Vaccine operations Central Provinces & Berar 1912-1920 - 1912-1920
Year: 1912
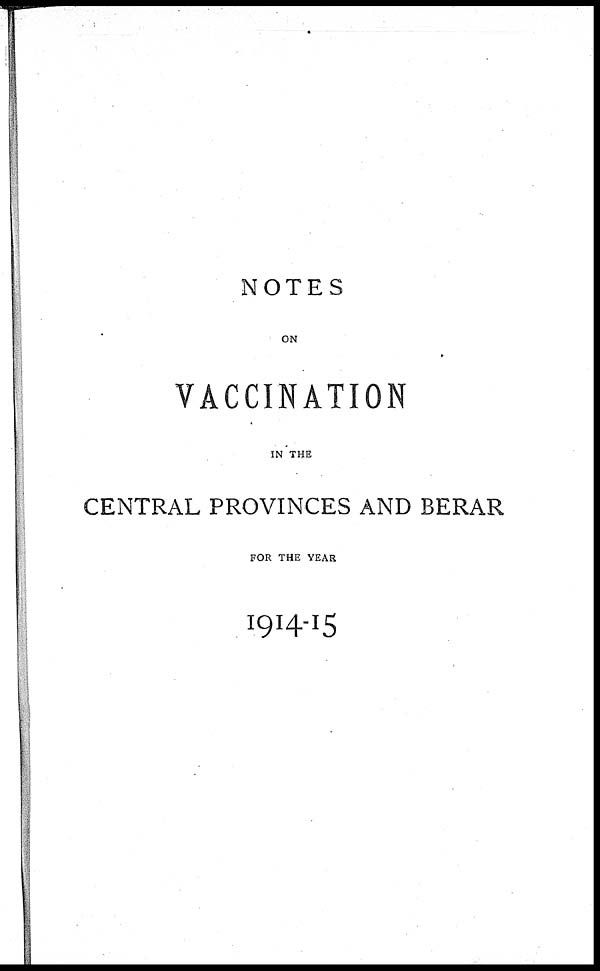
NOTES
ON
VACCINATION
IN THE
CENTRAL PROVINCES AND BERAR
FOR THE YEAR
1914-15